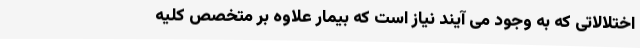
اختلالاتی که به وجود می آیند نیاز است که بیمار علاوه بر متخصص کلیه